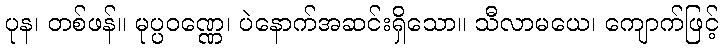
ပုန၊ တစ်ဖန်။ မုပ္ပဝဏ္ဏေ၊ ပဲနောက်အဆင်းရှိသော။ သီလာမယေ၊ ကျောက်ဖြင့်